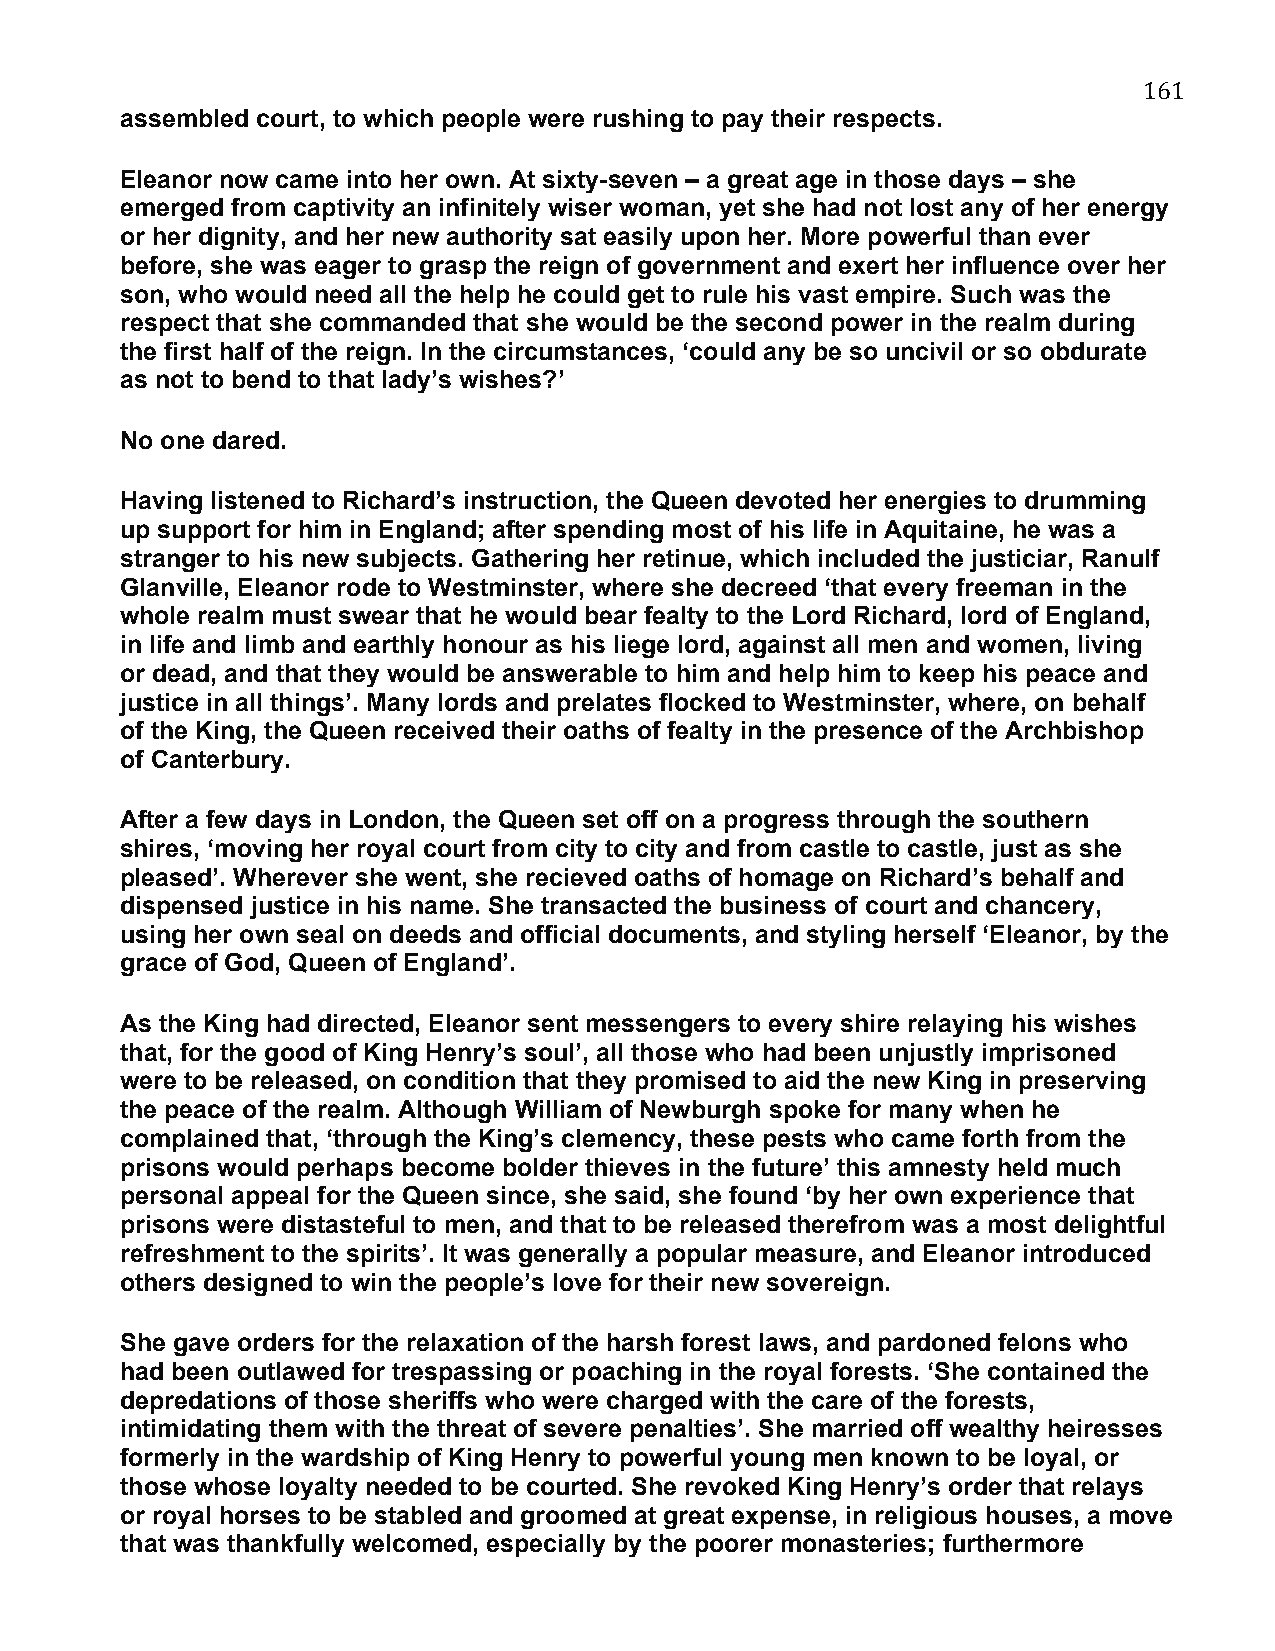
161
 assembled court, to which people were rushing to pay their respects.
 Eleanor now came into her own. At sixty-seven – a great age in those days – she
 emerged from captivity an infinitely wiser woman, yet she had not lost any of her energy
 or her dignity, and her new authority sat easily upon her. More powerful than ever
 before, she was eager to grasp the reign of government and exert her influence over her
 son, who would need all the help he could get to rule his vast empire. Such was the
 respect that she commanded that she would be the second power in the realm during
 the first half of the reign. In the circumstances, ‘could any be so uncivil or so obdurate
 as not to bend to that lady’s wishes?’
 No one dared.
 Having listened to Richard’s instruction, the Queen devoted her energies to drumming
 up support for him in England; after spending most of his life in Aquitaine, he was a
 stranger to his new subjects. Gathering her retinue, which included the justiciar, Ranulf
 Glanville, Eleanor rode to Westminster, where she decreed ‘that every freeman in the
 whole realm must swear that he would bear fealty to the Lord Richard, lord of England,
 in life and limb and earthly honour as his liege lord, against all men and women, living
 or dead, and that they would be answerable to him and help him to keep his peace and
 justice in all things’. Many lords and prelates flocked to Westminster, where, on behalf
 of the King, the Queen received their oaths of fealty in the presence of the Archbishop
 of Canterbury.
 After a few days in London, the Queen set off on a progress through the southern
 shires, ‘moving her royal court from city to city and from castle to castle, just as she
 pleased’. Wherever she went, she recieved oaths of homage on Richard’s behalf and
 dispensed justice in his name. She transacted the business of court and chancery,
 using her own seal on deeds and official documents, and styling herself ‘Eleanor, by the
 grace of God, Queen of England’.
 As the King had directed, Eleanor sent messengers to every shire relaying his wishes
 that, for the good of King Henry’s soul’, all those who had been unjustly imprisoned
 were to be released, on condition that they promised to aid the new King in preserving
 the peace of the realm. Although William of Newburgh spoke for many when he
 complained that, ‘through the King’s clemency, these pests who came forth from the
 prisons would perhaps become bolder thieves in the future’ this amnesty held much
 personal appeal for the Queen since, she said, she found ‘by her own experience that
 prisons were distasteful to men, and that to be released therefrom was a most delightful
 refreshment to the spirits’. It was generally a popular measure, and Eleanor introduced
 others designed to win the people’s love for their new sovereign.
 She gave orders for the relaxation of the harsh forest laws, and pardoned felons who
 had been outlawed for trespassing or poaching in the royal forests. ‘She contained the
 depredations of those sheriffs who were charged with the care of the forests,
 intimidating them with the threat of severe penalties’. She married off wealthy heiresses
 formerly in the wardship of King Henry to powerful young men known to be loyal, or
 those whose loyalty needed to be courted. She revoked King Henry’s order that relays
 or royal horses to be stabled and groomed at great expense, in religious houses, a move
 that was thankfully welcomed, especially by the poorer monasteries; furthermore